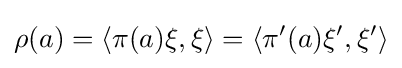
\rho (a)=\langle \pi (a)\xi ,\xi \rangle =\langle \pi '(a)\xi ',\xi '\rangle